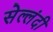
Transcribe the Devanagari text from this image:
सेल्लंदी